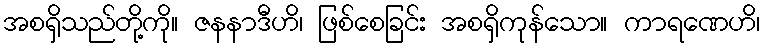
အစရှိသည်တို့ကို။ ဇနနာဒီဟိ၊ ဖြစ်စေခြင်း အစရှိကုန်သော။ ကာရဏေဟိ၊